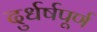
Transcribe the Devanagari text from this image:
दुर्धर्षपूर्ण